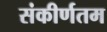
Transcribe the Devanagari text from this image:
संकीर्णतम